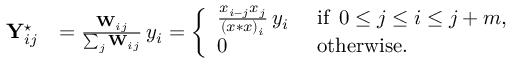
\begin{array} { r l } { \mathbf { Y } _ { i j } ^ { \star } } & { = \frac { \mathbf { W } _ { i j } } { \sum _ { j } \mathbf { W } _ { i j } } \, y _ { i } = \left\{ \begin{array} { l l } { \frac { x _ { i - j } x _ { j } } { ( x * x ) _ { i } } \, y _ { i } } & { \mathrm { ~ i f ~ } \, 0 \le j \leq i \leq j + m , } \\ { 0 } & { \mathrm { ~ o t h e r w i s e } . } \end{array} \right. } \end{array}